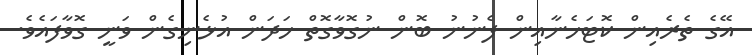
އޭގެ ތެރެއިން ކޮޓަހެނާއިން ފެނުނު ބޮން ނުގޮވާގޮތް ހަދަން އުޅެނިގެން ވަނީ ގޮވާފައެވެ.